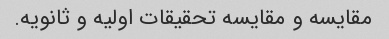
مقایسه و مقایسه تحقیقات اولیه و ثانویه.